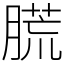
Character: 㬻